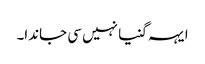
ایہہ گنیا نہیں سی جاندا۔